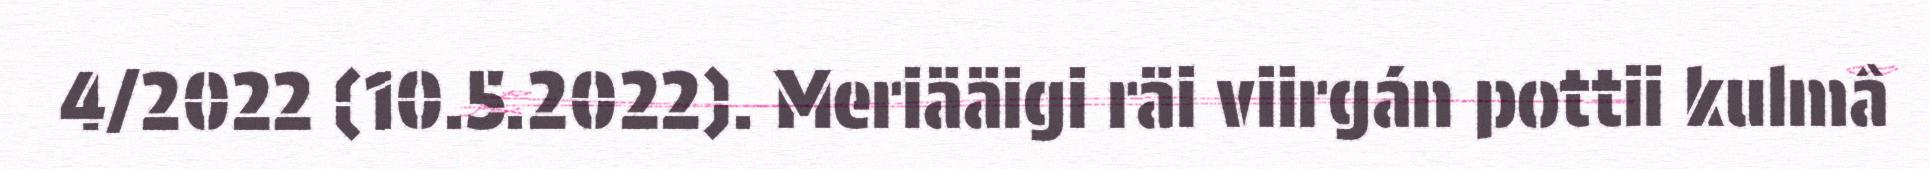
4/2022 (10.5.2022). Meriääigi räi viirgán pottii kulmâ